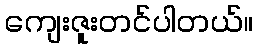
ကျေးဇူးတင်ပါတယ်။